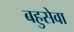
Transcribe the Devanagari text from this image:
बहुसेवा